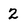
Character: 2